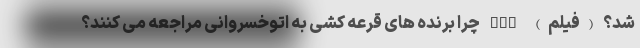
شد؟ (فیلم) nan چرا برنده های قرعه كشی به اتوخسروانی مراجعه می كنند؟